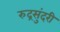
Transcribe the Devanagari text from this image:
रुद्रसुंदरी